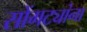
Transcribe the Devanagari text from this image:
सोंगट्यांना